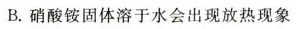
B.硝酸铵固体溶于水会出现放热现象